Lunatic asylums Madras 1877-1891 - 1877-1891
Year: 1877
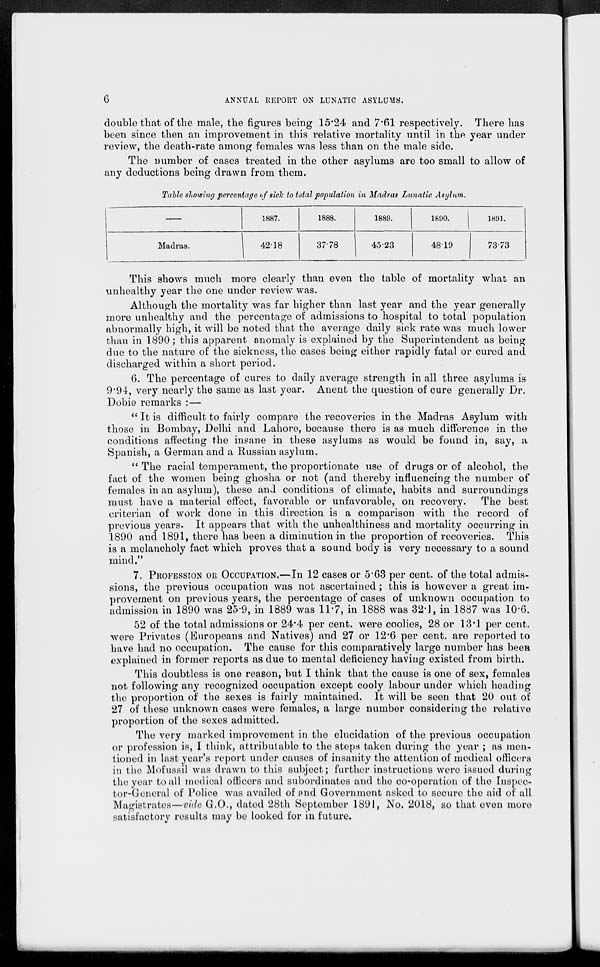
6 ANNUAL REPORT ON LUNATIC ASYLUMS.
double that of the male, the figures being 15.24 and 7.61 respectively. There has
been since then an improvement in this relative mortality until in the year under
review, the death-rate among females was less than on the male side.
The number of cases treated in the other asylums are too small to allow of
any deductions being drawn from them.
Table showing percentage of sick to total population in Madras Lunatic Asylum.
—
Madras.
1887.
42.18
1888.
37.78
1889.
45.23
1890.
48.19
1891.
73.73
This shows much more clearly than even the table of mortality what an
unhealthy year the one under review was.
Although the mortality was far higher than last year and the year generally
more unhealthy and the percentage of admissions to hospital to total population
abnormally high, it will be noted that the average daily sick rate was much lower
than in 1890; this apparent anomaly is explained by the Superintendent as being
due to the nature of the sickness, the cases being either rapidly fatal or cured and
discharged within a short period.
6. The percentage of cures to daily average strength in all three asylums is
9.94, very nearly the same as last year. Anent the question of cure generally Dr.
Dobie remarks :—
" It is difficult to fairly compare the recoveries in the Madras Asylum with
those in Bombay, Delhi and Lahore, because there is as much difference in the
conditions affecting the insane in these asylums as would be found in, say, a
Spanish, a German and a Russian asylum.
" The racial temperament, the proportionate use of drugs or of alcohol, the
fact of the women being ghosha or not (and thereby influencing the number of
females in an asylum), these and conditions of climate, habits and surroundings
must have a material effect, favorable or unfavorable, on recovery. The best
criterian of work done in this direction is a comparison with the record of
previous years. It appears that with the unhealthiness and mortality occurring in
1890 and 1891, there has been a diminution in the proportion of recoveries. This
is a melancholy fact which proves that a sound body is very necessary to a sound
mind."
7. PROFESSION OR OCCUPATION.—In 12 cases or 5.63 per cent. of the total admis-
sions, the previous occupation was not ascertained; this is however a great im-
provement on previous years, the percentage of cases of unknown occupation to
admission in 1890 was 25.9, in 1889 was 11.7, in 1888 was 32.1, in 1887 was 10.6.
52 of the total admissions or 24.4 per cent. were coolies, 28 or 13.1 per cent.
were Privates (Europeans and Natives) and 27 or 12.6 per cent. are reported to
have had no occupation, The cause for this comparatively large number has been
explained in former reports as due to mental deficiency having existed from birth.
This doubtless is one reason, but I think that the cause is one of sex, females
not following any recognized occupation except cooly labour under which heading
the proportion of the sexes is fairly maintained. It will be seen that 20 out of
27 of these unknown cases were females, a large number considering the relative
proportion of the sexes admitted.
The very marked improvement in the elucidation of the previous occupation
or profession is, I think, attributable to the steps taken during the year ; as men-
tioned in last year's report under causes of insanity the attention of medical officers
in the Mofussil was drawn to this subject; further Instructions were issued during
the year to all medical officers and subordinates and the co-operation of the Inspec-
tor-General of Police was availed of and Government asked to secure the aid of all
Magistrates—vide G.O., dated 28th September 1891, No. 2018, so that even more
satisfactory results may be looked for in future.